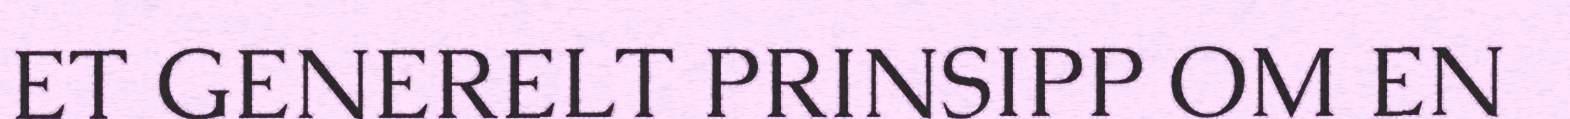
ET GENERELT PRINSIPP OM EN